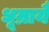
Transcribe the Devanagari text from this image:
धूम्रायै